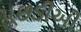
પૂછડીઓ